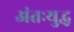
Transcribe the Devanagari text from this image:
अंतःयुद्ध